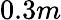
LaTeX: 0.3m